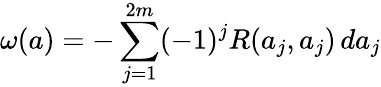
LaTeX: \omega(a)=-\sum_{j=1}^{2m}(-1)^{j}R(a_{j},a_{j})\, da_{j}